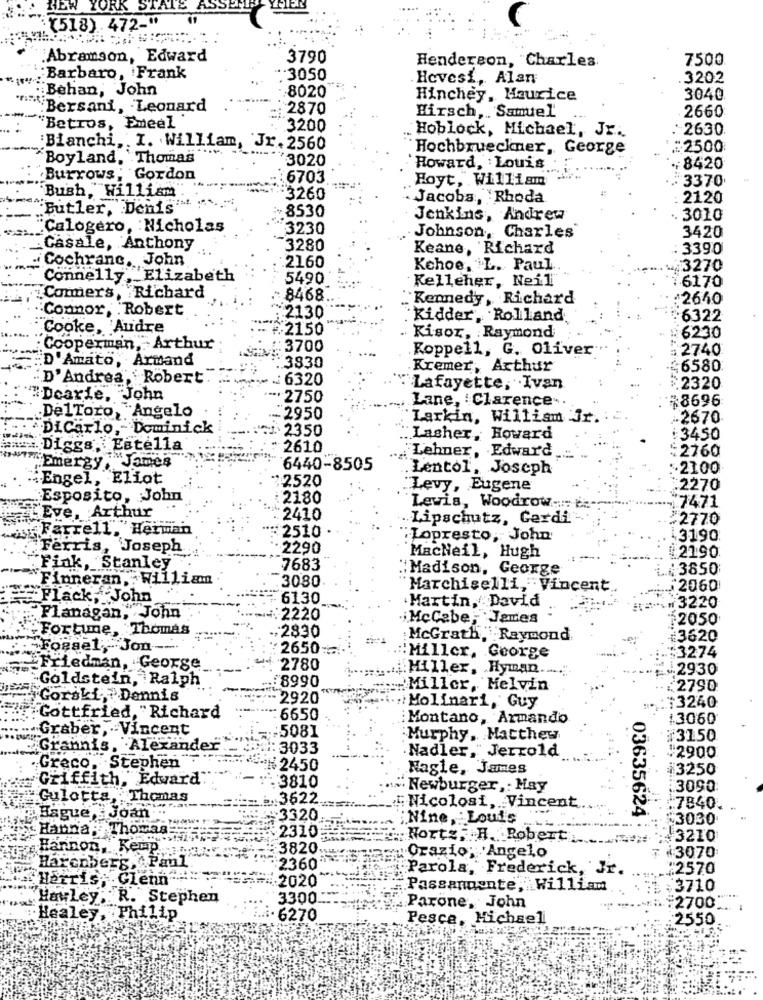
NEW YORK STATE ASSE
(518) 472-"
Abramson, Edward
3790
Henderson, "Charles.
7500
Barbaro, Frank
.3050
. Hevesi, Alan
3202
Behan, John
8020
Hinchey, Maurice
3040
.Bersani, Leonard
2870
Hirsch ,. Samuel
2660
Betros, Emeel
3200
. Hoblock, Michael, Jr ..
:2630
Bianchi, . I. William, Jr. 2560
Hochbrueckner, George
:2500
"Boyland, Thomas
3020
Howard, Louis
:8420
Burrows; Gordon
6703
Hoyt, William
:3370
Bush,"William
"3260
Jacoba, Rhoda
2120
Butler, Denis"
:+8530
Jenkins, Andrew
. 3010
Calogero, Nicholas
3230
Johnson, Charles
3420
Casale, Anthony
3280
Keane, Richard
: 3390
Cochranc. John
2160
Kehoe, L. Paul
3270
Connelly , Elizabeth
5490
Kelleher, Neil
6170
Commers, Richard
8468
'Kennedy, Richard
#2650
Connor, Robert
:2130
Kidder, Rolland
6322
Cooke, Audre
2150
Kisor, Raymond
6230
Cooperman, Arthur
: 3700
Koppell, G. Oliver
:2740
"D'Amato, Armand
:3830
Kremer, Arthur
:6580
D'Andrea, Robert
: 6320
Lafayette, Ivan
£2320
"Dcarie, John
2750
$8696
Lane, : Clarence-
DelToro, "A
"Angelo
-2950
Larkin, William J
.2670
DiCarlo, Dominick
2350
Lasher, Howard
:3450
#: Diggs. Estella
2610
Lehner, Edward
:2760
" Emergy
James
6440-8505
Lentol, Joseph
-2100
Engel, Eliot
2520
Levy, Eugene
:2270
Esposito, John
2180
Lewis, Woodrow :::: :.-.
17471
LEve, Arthur
2410
Lipschutz, Gerdi
¥2770
:Farrell, Herman
2510
: Lopresto, John
3190
Ferris, Joseph
2290
2190
MacNeil, Hugh
Fink, Stanley
7683
:Madison, George
3650
"Finneran, William
.3080
Marchiselli, Vincent
2060
Flack ,. John
6130
Martin, David
. 3220
Flanagan, John
:2220
McCebe, Jantes
2050
:Fortune, Thomas
2830
McGrath,
Raymond
#3620
ogsel,Jon ---
2650 --.
:Miller, George
3274
riedman, George
2780
........ Miller, Hyman ..
.2930
Goldstein, Ralph
8990
:Miller, Melvin
.2790
Gorski," Dennis
2920
13240
Molinari, Guy
"Gottfried, "Richard
6650
Montano, Armando
13060
Graber, - Vincent
1 == 5081
Murphy, Matthew
#3150
Grannis, Alexander
4:3033
Nadler," Jerrold
:2900
Greco.
"Stephen
# 2450
Nagle, James
#3250
Griffith, Edward"
. 3810
# Newburger ,: May
3090
Gulotta, Thonas
.. 3622
__.: Nicolosi, . Vincent
7840.
Hague, Joan
3320
;Nine, Louis
03635624
¥3030
Hanna, Thomas
#2310
. Norte, H. Robert
¥3210
Harnon, Kemp ...
3820
: 13070
Orazio; Angelo
Harcoberg,
Paul
#2360
Parola, Frederick, Jr.
:257,0
"Harris: Glenn ===
.2020
Passanpente, William
3710
Hayley ,: R. Stephen
3300
Parone, John
:2700
Healey, Philip
· 6270
Pesce, Michael
2550